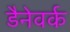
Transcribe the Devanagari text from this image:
डैनेवर्क